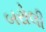
બરોલી